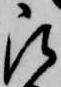
被